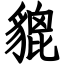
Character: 貔